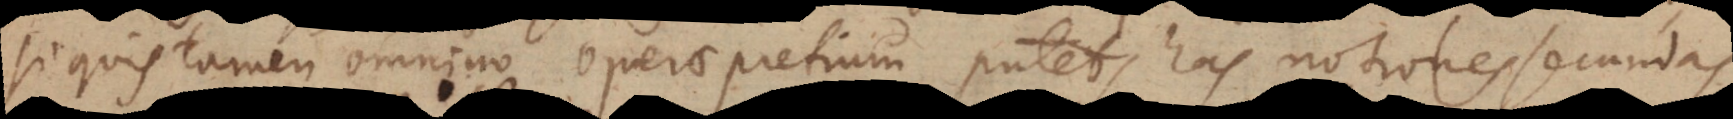
si quis tamen omnino operae pretium putet, has notiones secundas